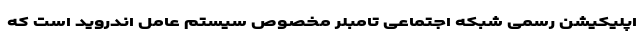
اپلیکیشن رسمی شبکه اجتماعی تامبلر مخصوص سیستم عامل اندروید است که